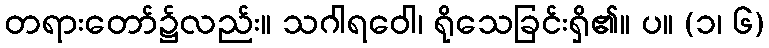
တရားတော်၌လည်း။ သဂါရဝေါ၊ ရိုသေခြင်းရှိ၏။ ပ။ (၁၊ ၆)